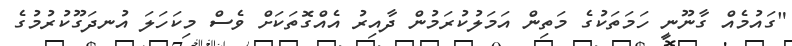
"ގައުމެއް ގާނޫނީ ހަމަތަކުގެ މަތިން އަމަލުކުރަމުން ދާއިރު އެއްގޮތަކަށް ވެސް މިކަހަލަ އުނދަގޫކުރުމުގެ